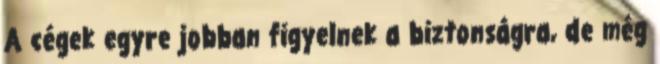
A cégek egyre jobban figyelnek a biztonságra, de még